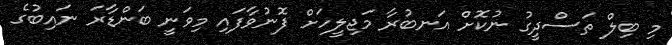
މި ބިލް ތަސްދީގު ނުކޮށް އަނބުރާ މަޖިލީހަށް ފޮނުވާފައި މިވަނީ ބަންޑާރަ ނައިބުގެ